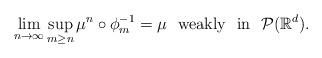
LaTeX: \begin{align*}\lim_{n\to \infty} \sup_{m\geq n} \mu^{n}\circ \phi_{m}^{-1}= \mu \hbox{~ weakly ~in ~}\mathcal P (\mathbb R^d).\end{align*}